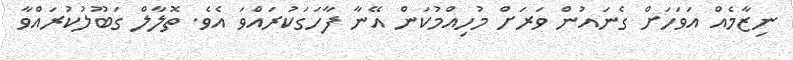
ނިޒާމެއް އަވަހަށް ގެނައުން ވަރަށް މުހިއްމުކަން އޭނާ ފާހަގަކުރައްވަ އެވެ. ތޮލާލް ގަބޫލުކުރައްވާ